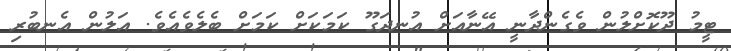
ޓީމު ދޫކޮށްލުން ވެގެންދާނީ އޭނާއަށް އުނދަގޫ ކަމަކަށް ކަމަށް ބެލެވެއެވެ. އަލުން އެނބުރި